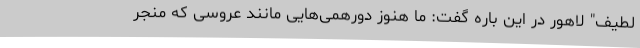
لطیف" لاهور در این باره گفت: ما هنوز دورهمی‌هایی مانند عروسی که منجر